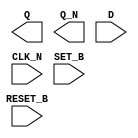
module sky130_fd_sc_ls__dfbbn (
    Q      ,
    Q_N    ,
    D      ,
    CLK_N  ,
    SET_B  ,
    RESET_B
);

    output Q      ;
    output Q_N    ;
    input  D      ;
    input  CLK_N  ;
    input  SET_B  ;
    input  RESET_B;

    // Voltage supply signals
    supply1 VPWR;
    supply0 VGND;
    supply1 VPB ;
    supply0 VNB ;

endmodule